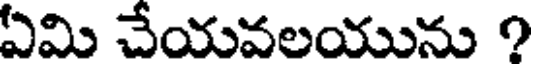
ఏమి చేయవలయును ?